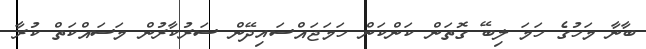
ބާނާ މަހުގެ ހަމަ ލިބޭ ގޮތަން ކަންކަން ހަމަޖައްސައިދޭން ސަރުކާރުން މަސައްކަތް ކުރާ